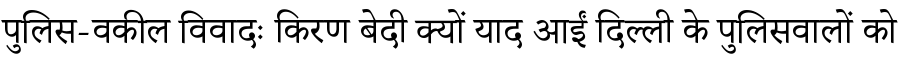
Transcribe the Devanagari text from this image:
पुलिस-वकील विवादः किरण बेदी क्यों याद आईं दिल्ली के पुलिसवालों को